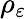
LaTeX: \rho_{\varepsilon}